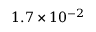
1 . 7 \times 1 0 ^ { - 2 }